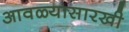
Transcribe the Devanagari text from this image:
आवळ्यासारखी